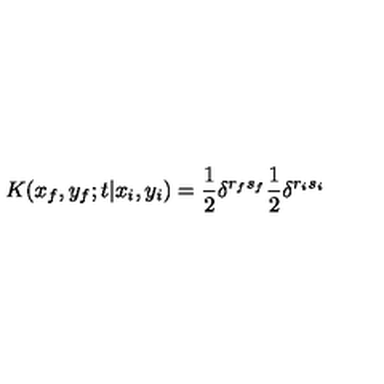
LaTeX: K ( x _ { f } , y _ { f } ; t | x _ { i } , y _ { i } ) = \frac { 1 } { 2 } \delta ^ { r _ { f } s _ { f } } \frac { 1 } { 2 } \delta ^ { r _ { i } s _ { i } }